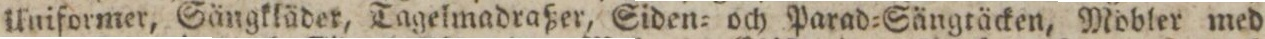
Uniformer, Sängkläder, Tagelmadraßer, Siden= och Parad=Sängtäcken, Möbler med